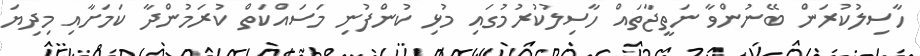
ހާސިލުކުރަން ބޭނުންވާ ނަތީޖާތައް ހާސިލުކުރުމުގައި މުޅި ކުންފުނި މަސައްކަތް ކުރަމުންދާ ކަމަށާއި މިދިޔަ